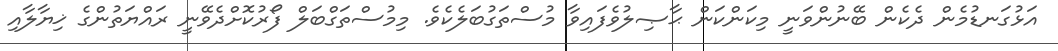
އަޅުގަނޑުމެން ދެކެން ބޭނުންވަނީ މިކަންކަން ޙާޞިލުވެފައިވާ މުސްތަގުބަލެކެވެ. މިމުސްތަގްބަލް ފޯރުކޮށްދެވޭނީ ރައްޔަތުންގެ ޚިޔާލާއި